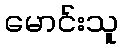
မောင်းသူ